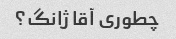
چطوری آقا ژانگ؟